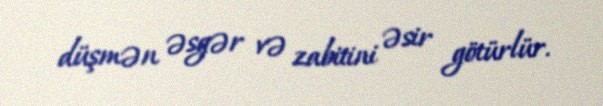
düşmən əsgər və zabitini əsir götürlür.